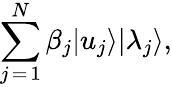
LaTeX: \sum_{j\mathop{=}1}^{N}\beta_{j}|u_{j}\rangle|\lambda_{j}\rangle,